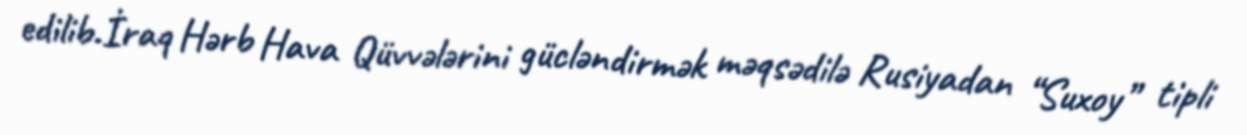
edilib.İraq Hərb Hava Qüvvələrini gücləndirmək məqsədilə Rusiyadan “Suxoy” tipli